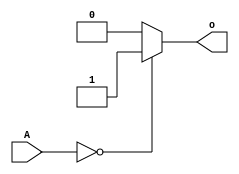
`timescale 1ns / 1ps
//////////////////////////////////////////////////////////////////////////////////
// Company: 
// Engineer: 
// 
// Design Name: 
// Module Name:    and32 
// Project Name: 
// Target Devices: 
// Tool versions: 
// Description: 
//
// Dependencies: 
//
// Revision: 
// Revision 0.01 - File Created
// Additional Comments: 
//
//////////////////////////////////////////////////////////////////////////////////
module  or_bit_32(
	input [31:0] A,
	output o
);				  
	assign o = ((A == 32'b0)? 1'b1: 1'b0);
endmodule